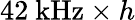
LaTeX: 42~\mathrm{kHz}\times h